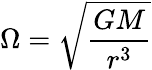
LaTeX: \Omega={\sqrt{\frac{GM}{r^{3}}}}